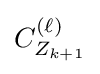
C_{Z_{k+1}}^{(\ell )}